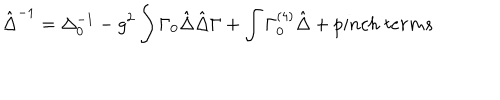
\hat { \Delta } ^ { - 1 } = \Delta _ { 0 } ^ { - 1 } - g ^ { 2 } \int \Gamma _ { 0 } \hat { \Delta } \hat { \Delta } \Gamma + \int \Gamma _ { 0 } ^ { ( 4 ) } \hat { \Delta } + p i n c h \; t e r m s